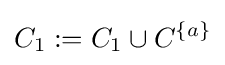
C_{1}:=C_{1}\cup C^{\{a\}}